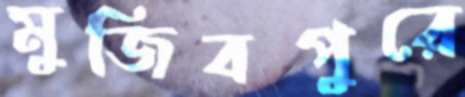
মুজিবপুরে